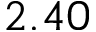
2 . 4 0